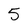
Character: 5